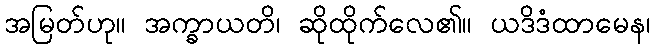
အမြတ်ဟု။ အက္ခာယတိ၊ ဆိုထိုက်လေ၏။ ယဒိဒံထာမေန၊